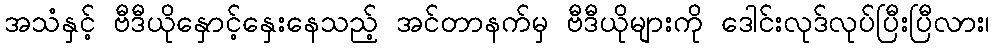
အသံနှင့် ဗီဒီယိုနှောင့်နှေးနေသည့် အင်တာနက်မှ ဗီဒီယိုများကို ဒေါင်းလုဒ်လုပ်ပြီးပြီလား၊